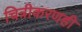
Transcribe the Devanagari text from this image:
चित्रीकरणही